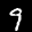
Label: 9